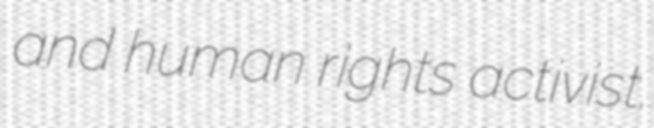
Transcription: and human rights activist.